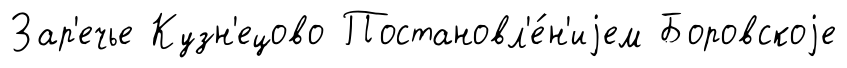
Зар'ечье Кузн'ецово Постановл'е́н'иjем Боровскоjе